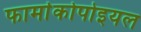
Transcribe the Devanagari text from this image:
फार्माकोपोइयल